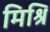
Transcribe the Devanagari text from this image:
मिश्रि